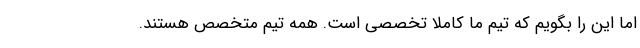
اما این را بگویم که تیم ما کاملاً تخصصی است. همه تیم متخصص هستند.